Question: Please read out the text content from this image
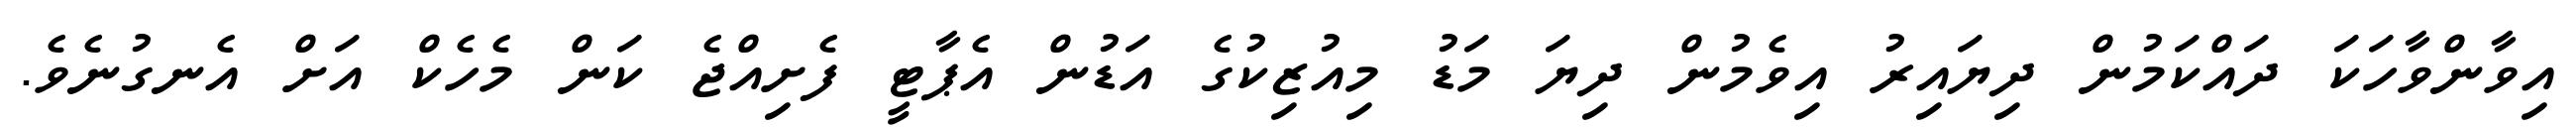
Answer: އިވާންވާހަކަ ދައްކަމުން ދިޔައިރު އިވެމުން ދިޔަ މަޑު މިއުޒިކުގެ އަޑުން އެޕާޓީ ފެށިއްޖެ ކަން މެހެކް އަށް އެނގުނެވެ.